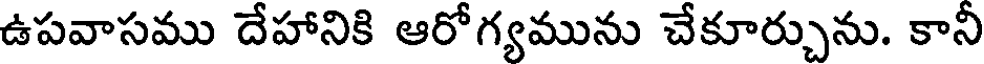
ఉపవాసము దేహానికి ఆరోగ్యమును చేకూర్చును. కాని